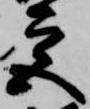
宮